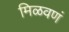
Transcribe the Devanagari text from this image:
मिळवणं